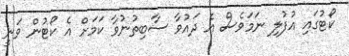
ކޯޓުގައި އުފުލި ނަމަވެސް އެ ދައުވާ ސާބިތުނުވާ ކަމަށް އެ ކޯޓުން ވަނީ